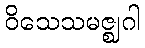
ဝိသေသမဇ္ဈဂါ